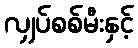
လျှပ်စစ်မီးနှင့်